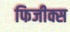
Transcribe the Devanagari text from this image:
फिजीक्स